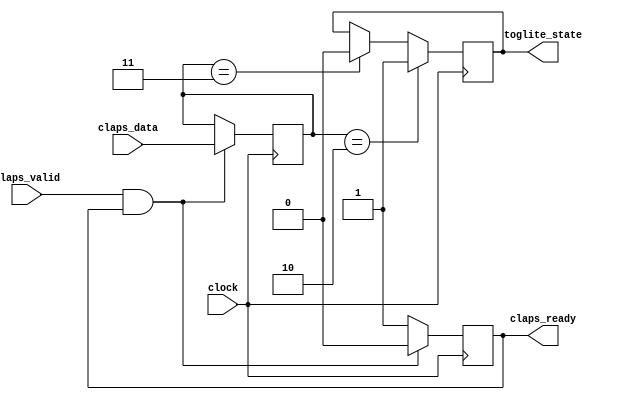
`timescale 1 ns / 1 ps

module ToggleLight # 
	(
		parameter integer CLAPS_WIDTH=16,
		parameter integer TOGLITE_ON_VAL= 2,
		parameter integer TOGLITE_OFF_VAL=3
	)
	(
		input wire clock,
		input wire [CLAPS_WIDTH-1:0] claps_data,
		input wire claps_valid,
		output reg claps_ready=0,
		output reg toglite_state=0
	);
	
	reg [CLAPS_WIDTH-1:0] claps_buff=0;

	always @(posedge clock)
		if (claps_valid==1&&claps_ready==1)
			begin
				claps_buff <= claps_data;
				claps_ready <= 0;
			end
		else
			begin
				claps_ready <= 1;
			end
			
	always @(posedge clock)
		if (claps_buff==TOGLITE_ON_VAL)
			begin
				toglite_state <= 1;
			end 
		else if (claps_buff==TOGLITE_OFF_VAL)
			begin
				toglite_state <= 0;
			end
	
endmodule